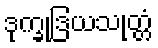
ဒုက္ခုဒြယသုတ္တံ